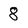
Character: 8